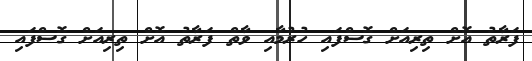
ފަރާތު އޮށް ތިރިއަށް ގޮސްފައި ހުރުމާއި ވާތް ފަރާތު އޮށް ތިރިއަށް ގޮސްފައި